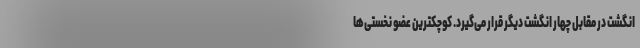
انگشت در مقابل چهار انگشت دیگر قرار می‌گیرد. کوچکترین عضو نخستی‌ها